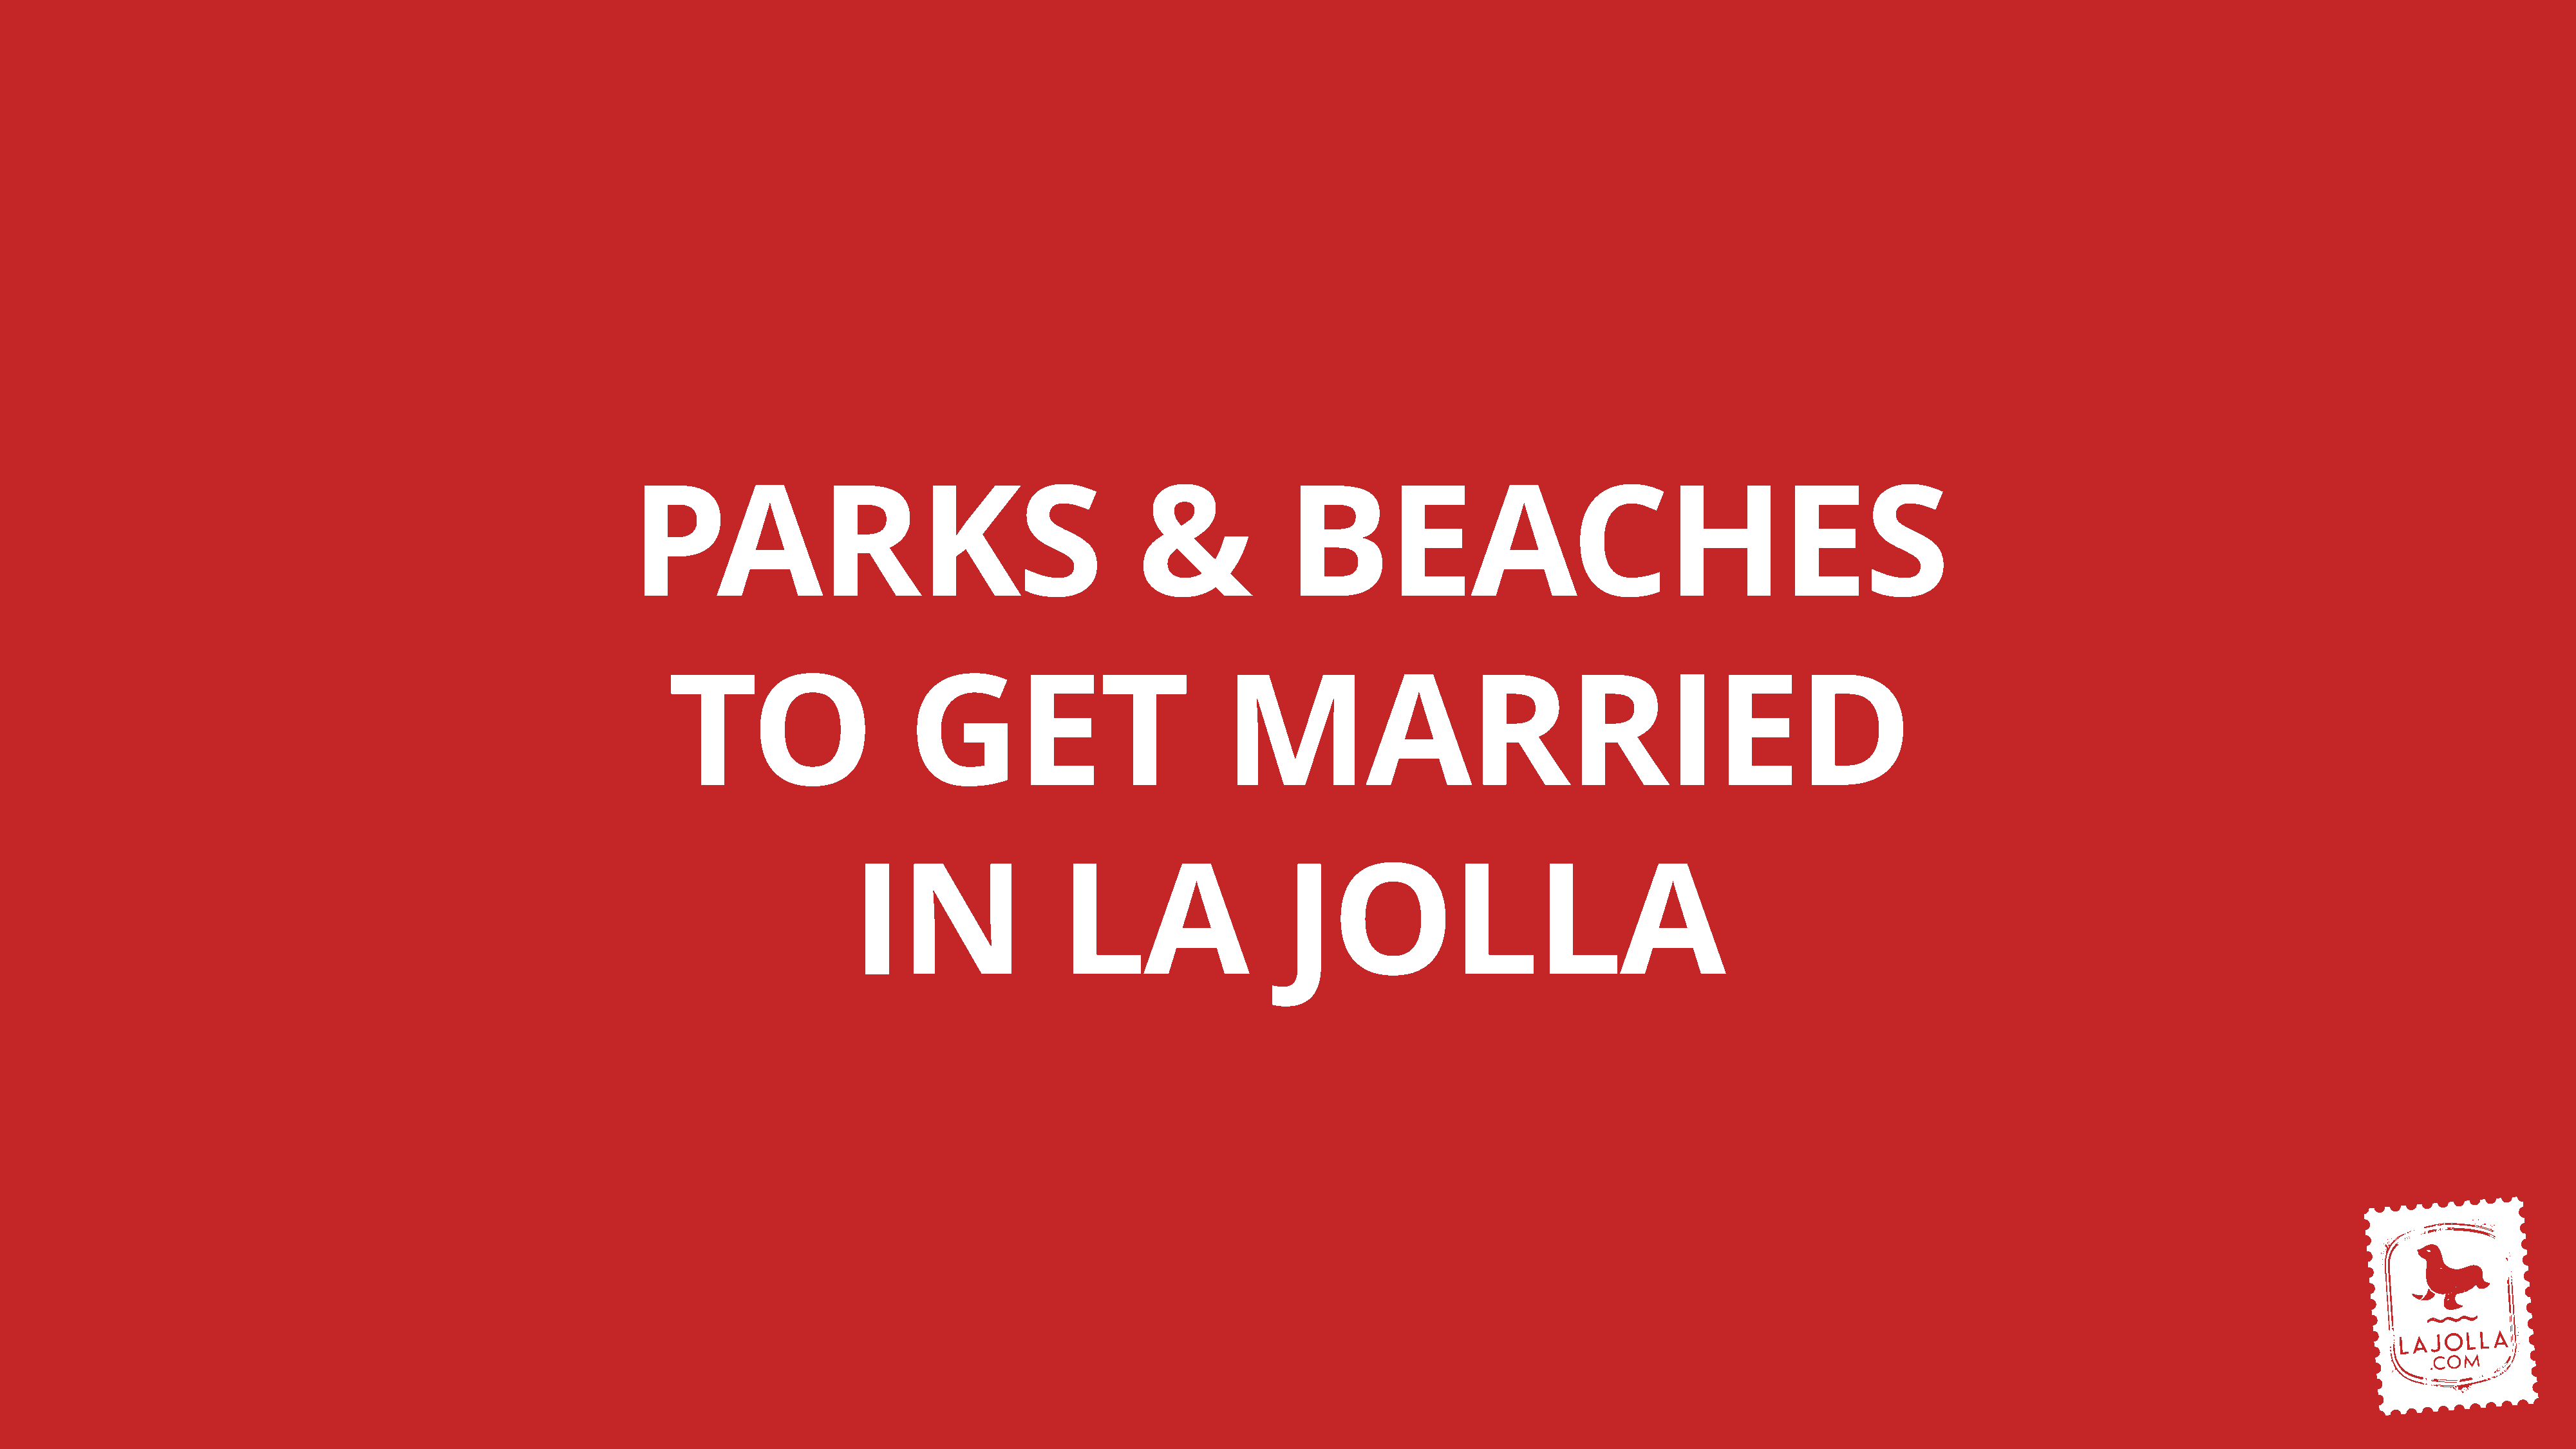
PARKS                                               &              BEACHES
 TO                      GET                              MARRIED
 IN                   LA                     JOLLA